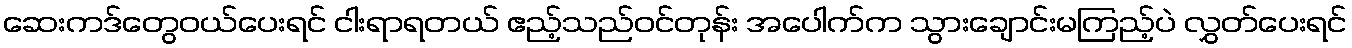
ဆေးကဒ်တွေဝယ်ပေးရင် ငါးရာရတယ် ဧည့်သည်ဝင်တုန်း အပေါက်က သွားချောင်းမကြည့်ပဲ လွှတ်ပေးရင်